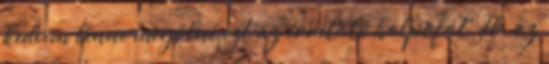
kedvem lenne megölni ezt az irritáló halpofát. Ha az